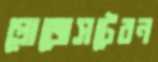
প্রোজেসটেরন